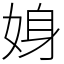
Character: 㛛